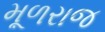
મૂળરાજ